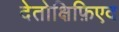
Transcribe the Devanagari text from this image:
देतोक्षिफ़िएद